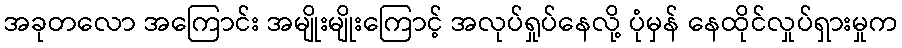
အခုတလော အကြောင်း အမျိုးမျိုးကြောင့် အလုပ်ရှုပ်နေလို့ ပုံမှန် နေထိုင်လှုပ်ရှားမှုက